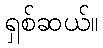
ရှစ်ဆယ်။